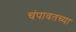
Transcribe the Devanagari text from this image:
चंपावतच्या